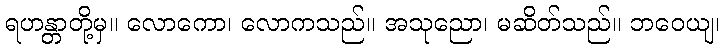
ရဟန္တာတို့မှ။ လောကော၊ လောကသည်။ အသုညော၊ မဆိတ်သည်။ ဘဝေယျ၊